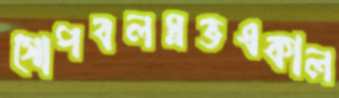
গোপবলস্নভএকাল